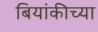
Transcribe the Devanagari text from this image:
बियांकीच्या